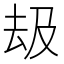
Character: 𠫳